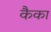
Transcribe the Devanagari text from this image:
कैका